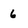
Character: 6